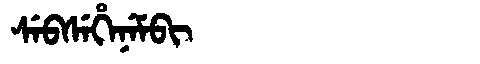
Manchu: ᠰᡝᠪᠰᡝᡥᡝᠨᡝᠮᠪᡳ
Romanization: SEBSEHENEMBI